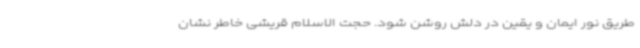
طریق نور ایمان و یقین در دلش روشن شود. حجت الاسلام قریشی خاطر نشان